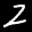
Label: 2